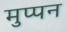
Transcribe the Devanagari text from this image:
मुप्पन